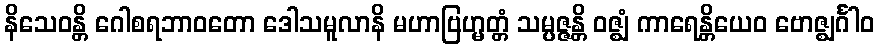
နိသေဝန္တိ ဂေါစရဘာဝတော ဒေါသမူလာနိ မဟာဗြဟ္မတ္တံ သမ္ပဇ္ဇန္တိ ဝဇ္ဈံ ကာရေန္တိယေဝ ဗောဇ္ဈင်္ဂါဝ